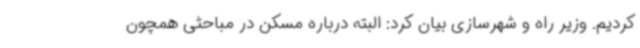
کردیم. وزیر راه و شهرسازی بیان کرد: البته درباره مسکن در مباحثی همچون